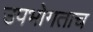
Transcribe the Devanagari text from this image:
उपभोगताच